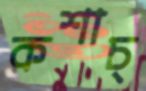
কশাচ্